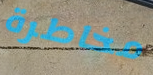
مخاطرة